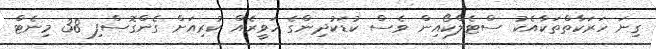
ގިނަ ހަރަކާތްތަކާއެކު ސްޓެލްކޯއިން ވެސް ކުޑަކުދިންގެ ހަވީރެއް ކުރިއަށް ގެންގޮސްފި 38 މިނެޓް